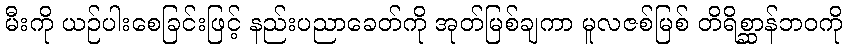
မီးကို ယဉ်ပါးစေခြင်းဖြင့် နည်းပညာခေတ်ကို အုတ်မြစ်ချကာ မူလဇစ်မြစ် တိရိစ္ဆာန်ဘဝကို